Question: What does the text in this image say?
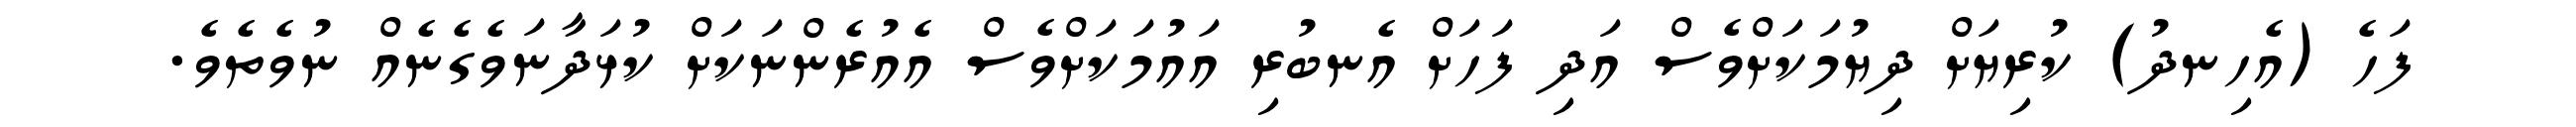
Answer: ފަހެ (އެހިނދު) ކުރިޔަށް ދިޔުމަކަށްވެސް އަދި ފަހަށް އެނބުރި އައުމަކަށްވެސް އެއުރެންނަކަށް ކުޅަދާނަވެގެނެއް ނުވެތެވެ.